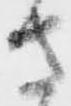
さ